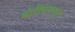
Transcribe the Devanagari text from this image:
बोरीबंदरहून